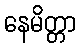
နေမိတ္တာ